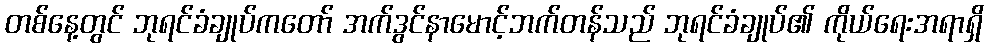
တစ်နေ့တွင် ဘုရင်ခံချုပ်ကတော် အက်ဒွင်နာမောင့်ဘက်တန်သည် ဘုရင်ခံချုပ်၏ ကိုယ်ရေးအရာရှိ